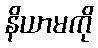
နိယာမကို